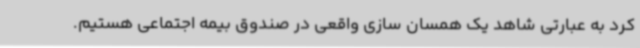
کرد به عبارتی شاهد یک همسان سازی واقعی در صندوق بیمه اجتماعی هستیم.